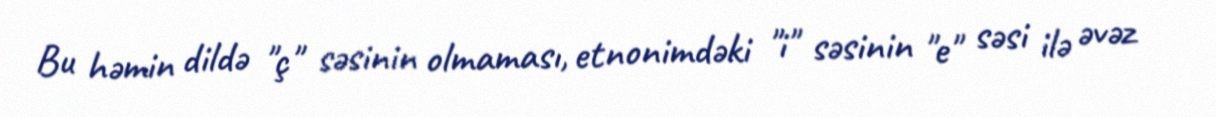
Bu həmin dildə "ç" səsinin olmaması, etnonimdəki "i" səsinin "e" səsi ilə əvəz